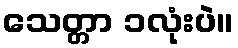
သေတ္တာ ၁လုံးပဲ။